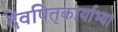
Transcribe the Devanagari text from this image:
देवपितृकार्याभ्यां